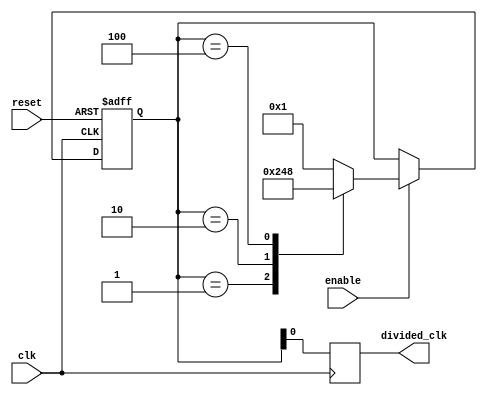
module johnson_counter_clock_divider (
    input wire clk,
    input wire reset,
    input wire enable,
    output reg divided_clk
);

reg [3:0] counter;
reg [3:0] next_counter;

always @ (posedge clk or posedge reset) begin
    if (reset) begin
        counter <= 0;
    end else begin
        if (enable) begin
            counter <= next_counter;
        end
    end
end

always @ (*) begin
    case (counter)
        4'b0000: next_counter = 4'b0001;
        4'b0001: next_counter = 4'b0010;
        4'b0010: next_counter = 4'b0100;
        4'b0100: next_counter = 4'b1000;
        4'b1000: next_counter = 4'b0001;
        default: next_counter = 4'b0001;
    endcase
end

always @ (posedge clk) begin
    divided_clk <= counter[0];
end

endmodule